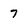
Character: 7